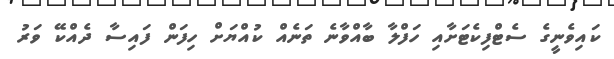
ކައިވެނީގެ ސެޓްފިކެޓަށާއި ހަފްލާ ބާއްވާނެ ތަނެއް ކުއްޔަށް ހިފަން ފައިސާ ދެއްކޭ ވަރު